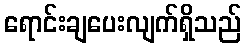
ရောင်းချပေးလျက်ရှိသည်